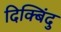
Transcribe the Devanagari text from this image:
दिक्बिंदु